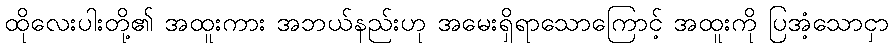
ထိုလေးပါးတို့၏ အထူးကား အဘယ်နည်းဟု အမေးရှိရာသောကြောင့် အထူးကို ပြအံ့သောငှာ